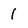
Character: 1